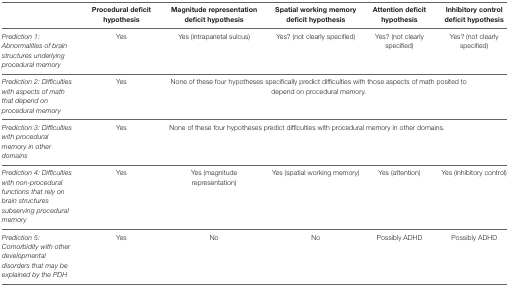
<table><thead><tr><td></td><td><b>Procedural deficit hypothesis</b></td><td><b>Magnitude representation deficit hypothesis</b></td><td><b>Spatial working memory deficit hypothesis</b></td><td><b>Attention deficit hypothesis</b></td><td><b>Inhibitory control deficit hypothesis</b></td></tr></thead><tbody><tr><td><i>Prediction 1: Abnormalities of brain structures underlying procedural memory</i></td><td>Yes</td><td>Yes (intraparietal sulcus)</td><td>Yes? (not clearly specified)</td><td>Yes? (not clearly specified)</td><td>Yes? (not clearly specified)</td></tr><tr><td><i>Prediction 2: Difficulties with aspects of math that depend on procedural memory</i></td><td>Yes</td><td colspan="4">None of these four hypotheses specifically predict difficulties with those aspects of math posited to depend on procedural memory.</td></tr><tr><td><i>Prediction 3: Difficulties with procedural memory in other domains</i></td><td>Yes</td><td colspan="4">None of these four hypotheses predict difficulties with procedural memory in other domains.</td></tr><tr><td><i>Prediction 4: Difficulties with non-procedural functions that rely on brain structures subserving procedural memory</i></td><td>Yes</td><td>Yes (magnitude representation)</td><td>Yes (spatial working memory)</td><td>Yes (attention)</td><td>Yes (inhibitory control)</td></tr><tr><td><i>Prediction 5: Comorbidity with other developmental disorders that may be explained by the PDH</i></td><td>Yes</td><td>No</td><td>No</td><td>Possibly ADHD</td><td>Possibly ADHD</td></tr></tbody></table>